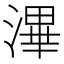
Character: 滭